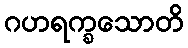
ဂဟရက္ခသောတိ